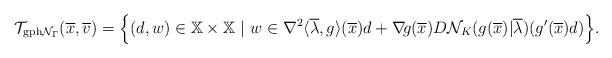
LaTeX: \begin{align*} \!\mathcal{T}_{{\rm gph}\mathcal{N}_{\Gamma}}(\overline{x},\overline{v}) =\Big\{(d,w)\in\mathbb{X}\times\mathbb{X}\ |\ w\in \nabla^2\langle\overline{\lambda},g\rangle(\overline{x})d+\nabla\!g(\overline{x}) D\mathcal{N}_K(g(\overline{x})|\overline{\lambda})(g'(\overline{x})d)\Big\}. \end{align*}